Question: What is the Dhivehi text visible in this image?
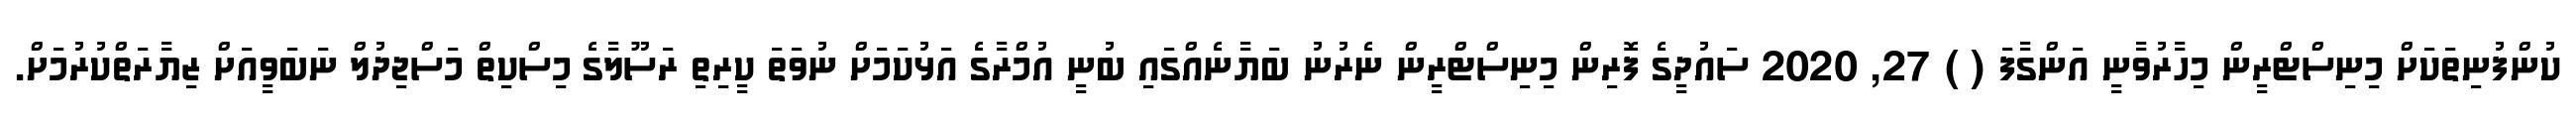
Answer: ކުންފުނިތަކަށް މިނިސްޓްރީން މިހާރުވާނީ އަންގާފަ ( ) 27, 2020 ސައުދީގެ ފޮރިން މިނިސްޓްރީން ނެރުނު ބަޔާނެއްގައި ބުނީ އުމްރާގެ އަޅުކަމަށް ނުވަތަ ކީރިތި ރަސޫލާގެ މިސްކިތް މަސްޖިދުލް ނަބަވީއަށް ޒިޔާރަތްކުރުމަށް.